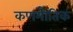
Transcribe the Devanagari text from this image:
कणभौतिक